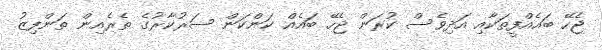
ޖެހޭ ބައެއްފީތަކާއި އަދިވެސް ކުރަން ޖެހޭ ބައެއް ކަންކަން ސަރުކާރުގެ ތެރެއިން ތަންފިޒު